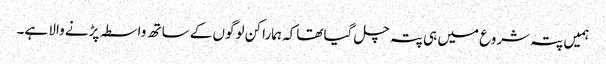
ہمیں پتہ شروع میں ہی پتہ چل گیا تھاکہ ہمارا کن لوگوں کے ساتھ واسطہ پڑنے والا ہے۔